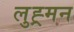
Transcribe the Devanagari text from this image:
लुह्र्मन